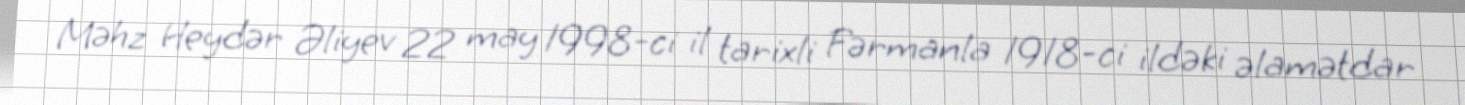
Məhz Heydər Əliyev 22 may 1998-ci il tarixli Fərmanla 1918-ci ildəki əlamətdar